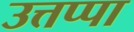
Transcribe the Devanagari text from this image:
उत्तप्पा